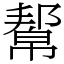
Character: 幚